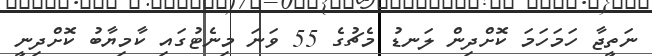
ނަތީޖާ ހަމަހަމަ ކޮށްދިން ލަނޑު މެޗުގެ 55 ވަނަ މިނެޓުގައި ކާމިޔާބު ކޮށްދިނީ